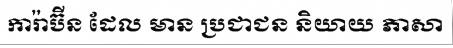
ការ៉ាប៊ីន ដែល មាន ប្រជាជន និយាយ ភាសា